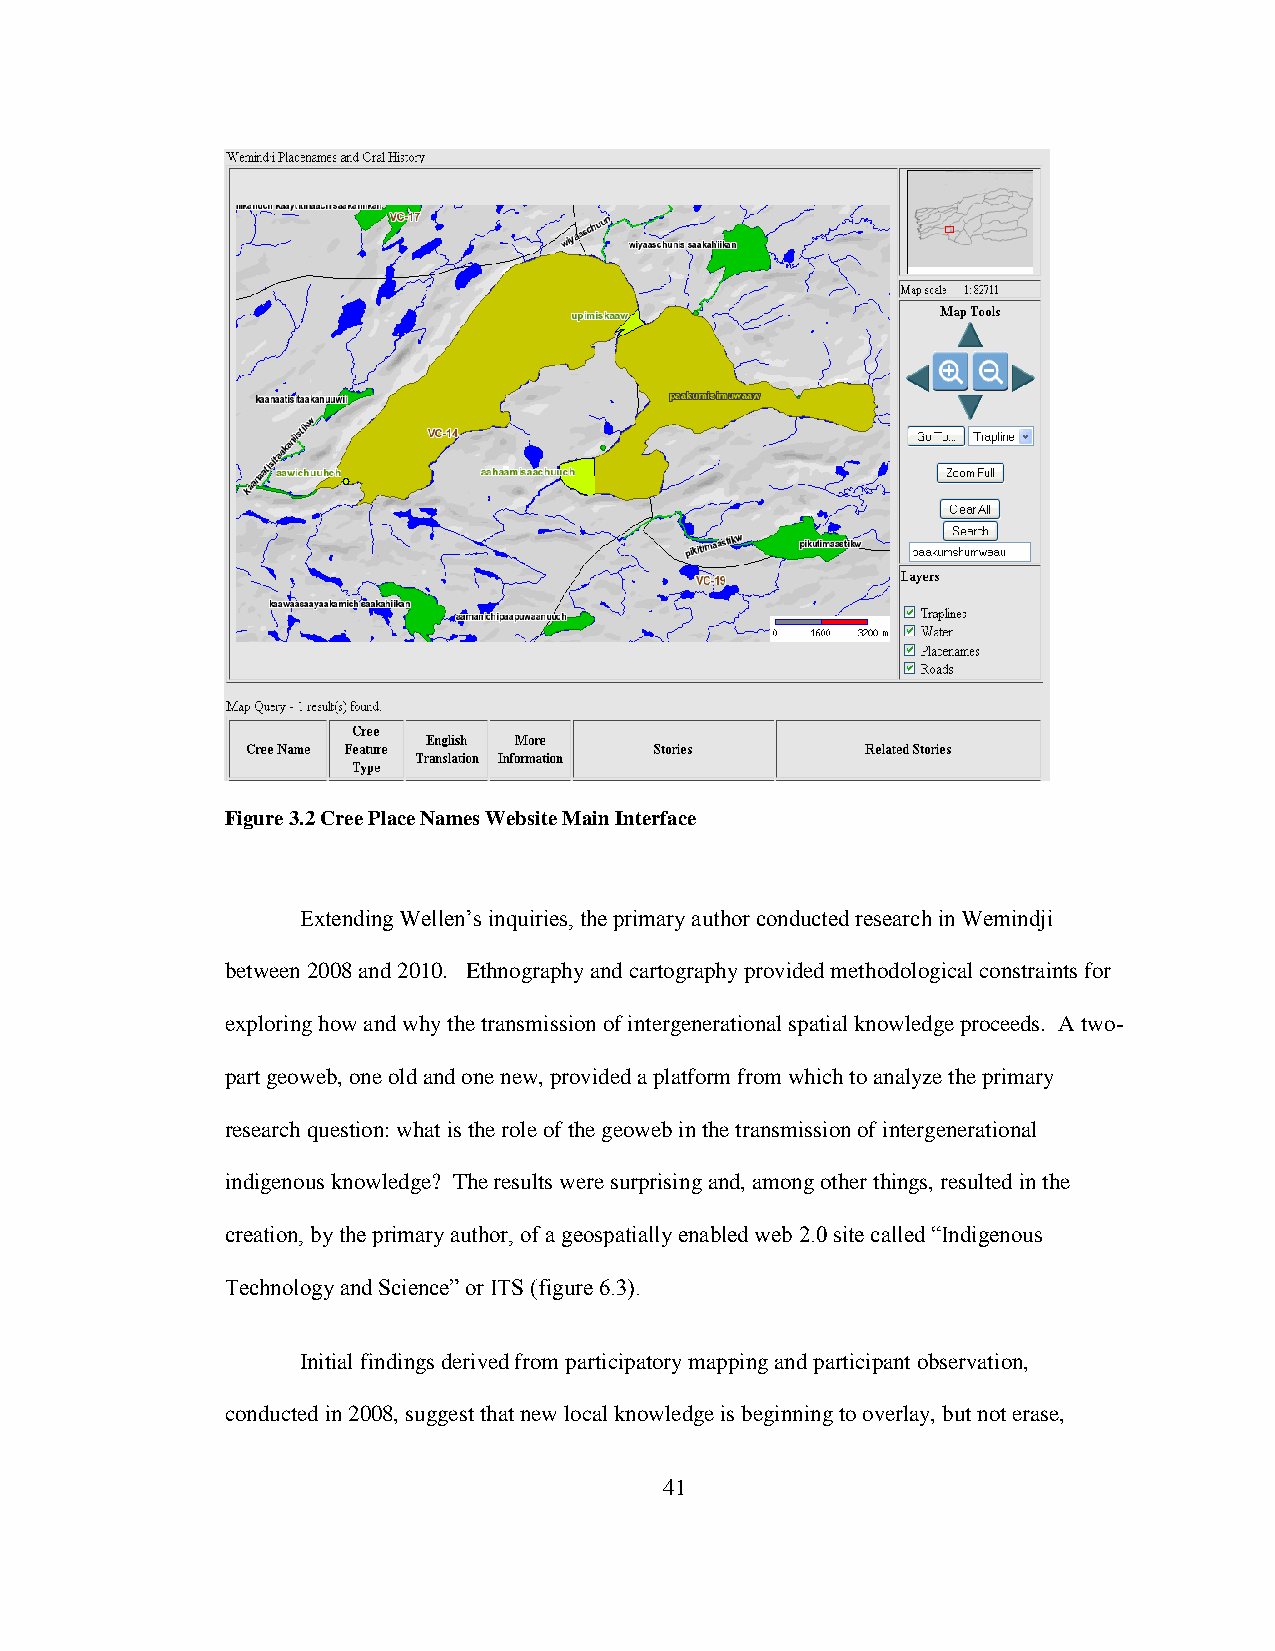
Figure 3.2 Cree Place Names Website Main Interface
 Extending Wellen‟s inquiries, the primary author conducted research in Wemindji
 between 2008 and 2010. Ethnography and cartography provided methodological constraints for
 exploring how and why the transmission of intergenerational spatial knowledge proceeds. A two-
 part geoweb, one old and one new, provided a platform from which to analyze the primary
 research question: what is the role of the geoweb in the transmission of intergenerational
 indigenous knowledge? The results were surprising and, among other things, resulted in the
 creation, by the primary author, of a geospatially enabled web 2.0 site called “Indigenous
 Technology and Science” or ITS (figure 6.3).
 Initial findings derived from participatory mapping and participant observation,
 conducted in 2008, suggest that new local knowledge is beginning to overlay, but not erase,
 41